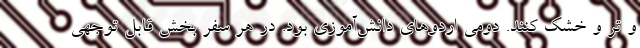
و تر و خشک کنند. دومی اردوهای دانش‌آموزی بود. در هر سفر بخش قابل توجهی